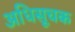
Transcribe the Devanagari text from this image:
अधिसूचक